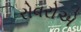
રોવરોએ